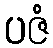
ပဇံ